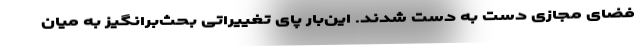
فضای مجازی دست به دست شدند. این‌بار پای تغییراتی بحث‌برانگیز به میان